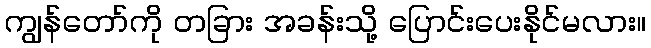
ကျွန်တော်ကို တခြား အခန်းသို့ ပြောင်းပေးနိုင်မလား။